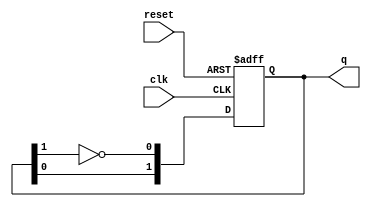
module dual_stage_johnson_counter (
    input wire clk,       // Clock signal
    input wire reset,     // Asynchronous reset signal
    output reg [1:0] q    // 2-bit output representing the current state
);

// State transition logic
always @(posedge clk or posedge reset) begin
    if (reset) begin
        // Asynchronous reset to '00'
        q <= 2'b00;
    end else begin
        // Johnson counter state transition
        q[0] <= ~q[1]; // First flip-flop takes the inverted value of the second flip-flop
        q[1] <= q[0];  // Second flip-flop takes the value of the first flip-flop
    end
end

endmodule